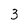
Character: 3